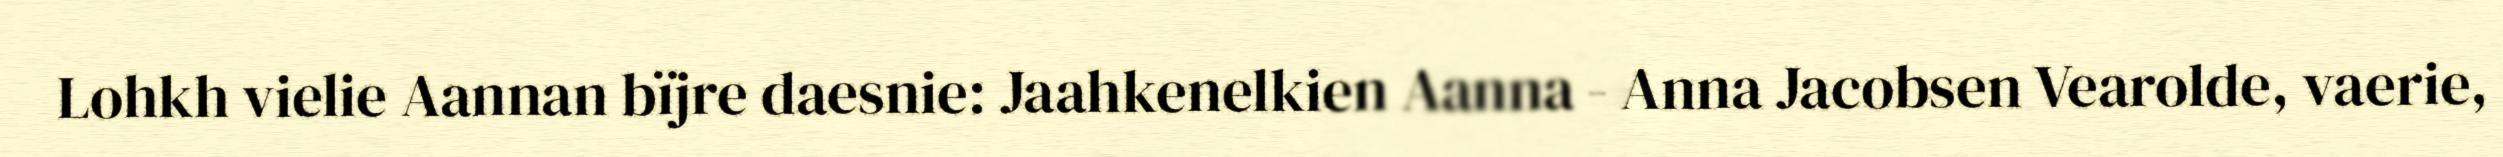
Lohkh vielie Aannan bïjre daesnie: Jaahkenelkien Aanna - Anna Jacobsen Vearolde, vaerie,